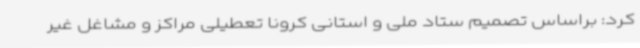
کرد: براساس تصمیم ستاد ملی و استانی کرونا تعطیلی مراکز و مشاغل غیر